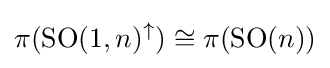
\pi ({\text{SO}}(1,n)^{\uparrow })\cong \pi ({\text{SO}}(n))